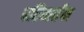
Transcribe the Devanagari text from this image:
परिब्वर्तन